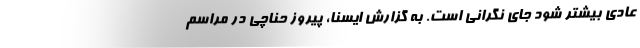
عادی بیشتر شود جای نگرانی است. به گزارش ایسنا، پیروز حناچی در مراسم